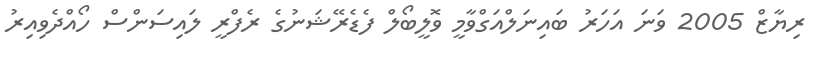
ރިޔާޒް 2005 ވަނަ އަހަރު ބައިނަލްއަގްވާމީ ވޮލީބޯލް ފެޑެރޭޝަނުގެ ރެފްރީ ލައިސަންސް ހޯއްދެވިއިރު